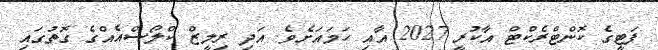
ފަޓީގެ ކޮންޓްރެކްޓް އާކުރީ 2027 އާއި ހަމައަށެވެ. އަދި ރިލީޒް ކްލޯސްއެއްގެ ގޮތުގައި